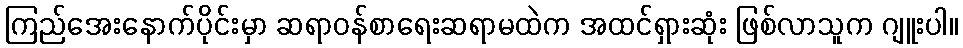
ကြည်အေးနောက်ပိုင်းမှာ ဆရာဝန်စာရေးဆရာမထဲက အထင်ရှားဆုံး ဖြစ်လာသူက ဂျူးပါ။